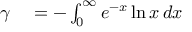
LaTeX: \begin{array} { r l } { \gamma } & { { } = - \int _ { 0 } ^ { \infty } e ^ { - x } \ln x \, d x } \end{array}